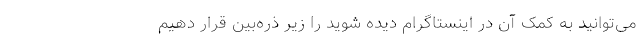
می‌توانید به کمک آن در اینستاگرام دیده شوید را زیر ذره‌بین قرار دهیم